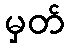
မှတ်